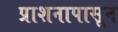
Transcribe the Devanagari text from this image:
प्राशनापासून